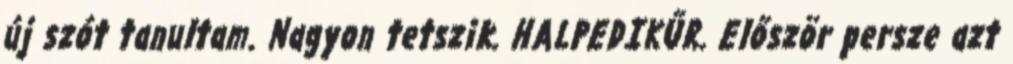
új szót tanultam. Nagyon tetszik. HALPEDIKŰR. Először persze azt